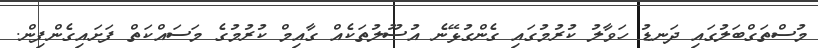
މުސްތަގްބަލުގައި ދަނޑު ހަވާލު ކުރުމުގައި ގެންގުޅޭނެ އުސޫލުތަކެއް ގާއިމް ކުރުމުގެ މަސައްކަތް ފަށައިގެންފިން.